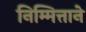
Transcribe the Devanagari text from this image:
निम्मित्ताने